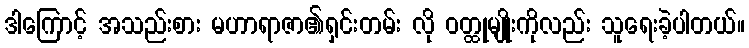
ဒါကြောင့် အသည်းစား မဟာရာဇာ၏ရှင်းတမ်း လို ဝတ္ထုမျိုးကိုလည်း သူရေးခဲ့ပါတယ်။